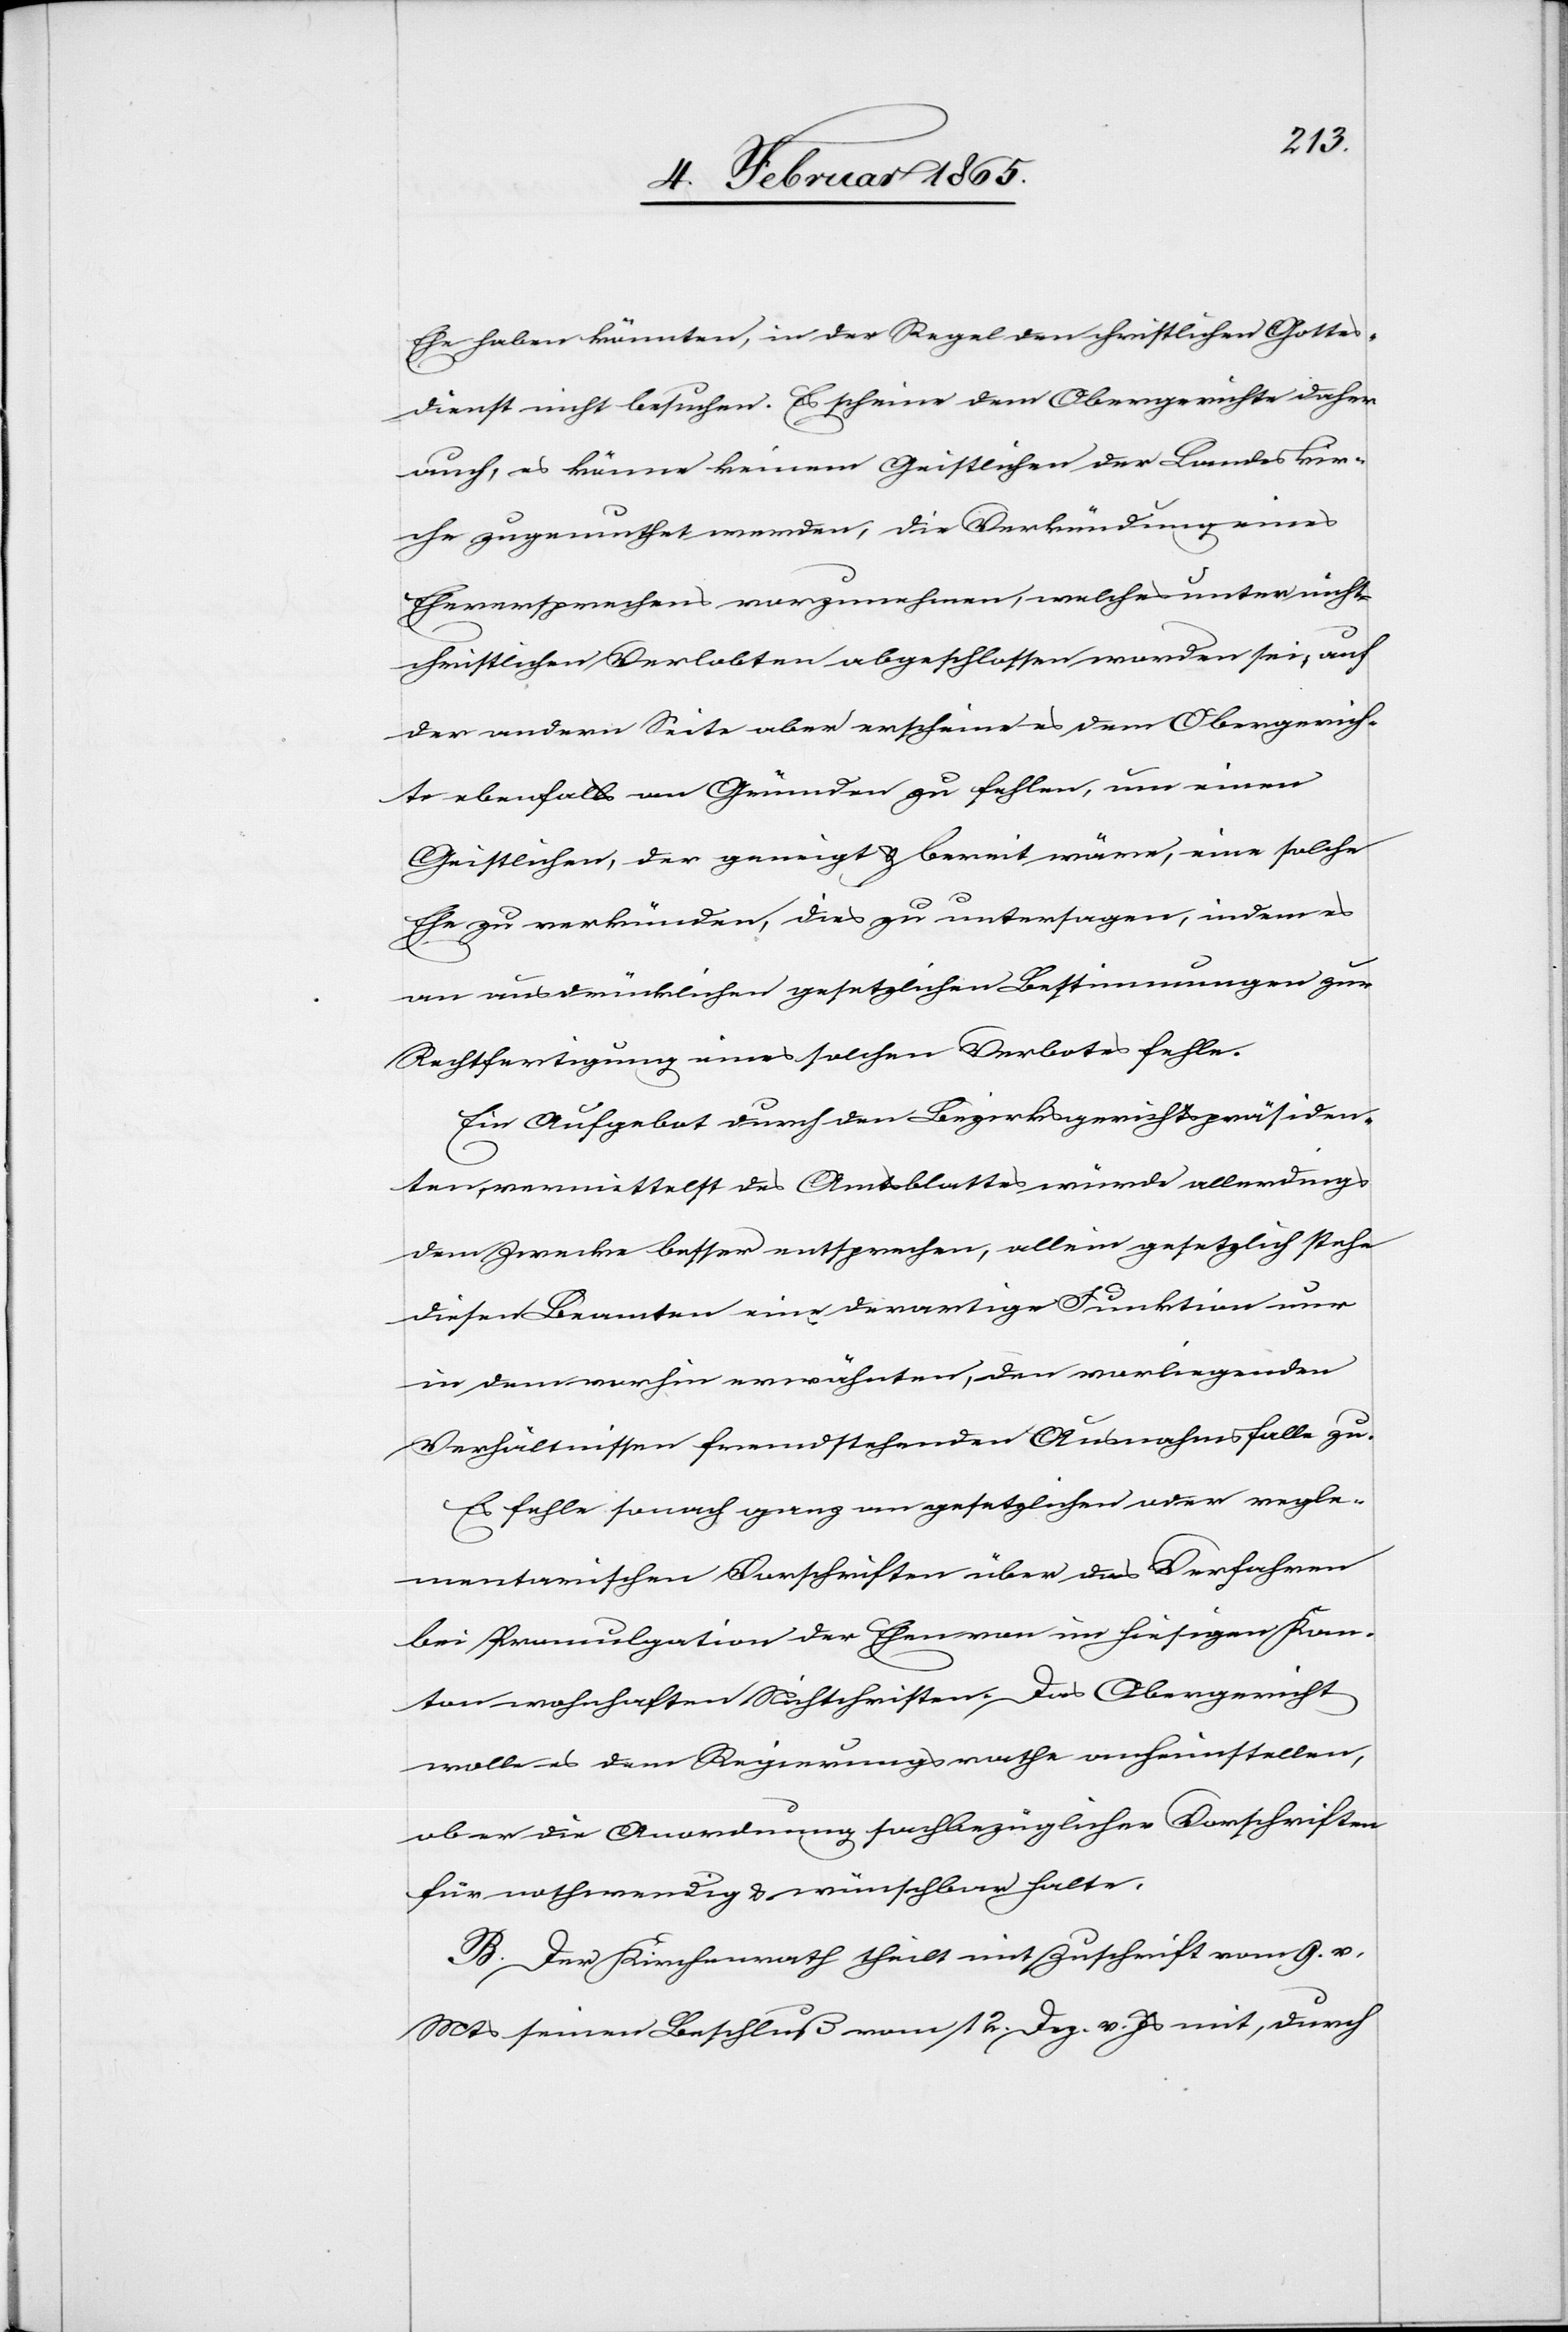
Ehe haben könnten, in der Regel den christlichen Gottes¬
dienst nicht besuchen. Es scheine dem Obergerichte daher
auch, es könne keinem Geistlichen der Landeskir¬
che zugemuthet werden, die Verkündung eines
Eheversprechens vorzunehmen, welches unter nicht¬
christlichen Verlobten abgeschlossen worden sei, auf
der andern Seite aber erscheine es dem Obergerich¬
te ebenfalls an Gründen zu fehlen, um einen
Geistlichen, der geneigt u. bereit wäre, eine solche
Ehe zu verkünden, dies zu untersagen, indem es
am ausdrücklichen gesetzlichen Bestimmungen zur
Rechtfertigung eines solchen Verbotes fehle.
Ein Aufgebot durch den Bezirksgerichtspräsiden¬
ten, vermittelst des Amtsblattes würde allerdings
dem Zwecke besser entsprechen, allein gesetzlich stehen
diesen Beamten eine derartige Funktion nur
in dem vorhin erwähnten, den vorliegenden
Verhältnissen fremdstehenden Ausnahmsfalle zu.
Es fehle sonach ganz an gesetzlichen oder regle¬
mentarischen Vorschriften über das Verfahren
bei Promulgation der Ehen von im hiesigen Kan¬
ton wohnhaften Nichtchristen. Das Obergericht
wolle es dem Regierungsrathe anheimstellen,
ob er die Anordnung sachbezüglicher Vorschriften
für nothwendig u. wünschbar halte.
B. Der Kirchenrath theilt mit Zuschrift vom 9. v.
Mts seinen Beschluß vom 12. Dez. v. Js mit, durch